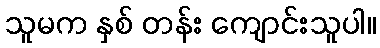
သူမက နှစ် တန်း ကျောင်းသူပါ။